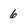
Character: 6